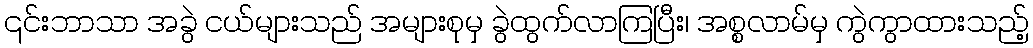
၎င်းဘာသာ အခွဲ ငယ်များသည် အများစုမှ ခွဲထွက်လာကြပြီး၊ အစ္စလာမ်မှ ကွဲကွာထားသည့်